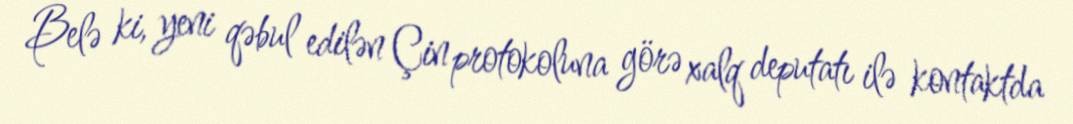
Belə ki, yeni qəbul edilən Çin protokoluna görə xalq deputatı ilə kontaktda